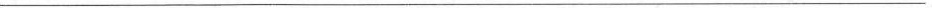
___